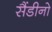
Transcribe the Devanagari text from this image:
सैंडीनो